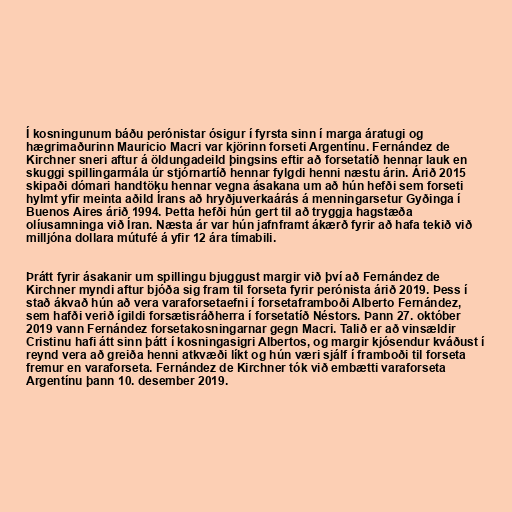
Í kosningunum báðu perónistar ósigur í fyrsta sinn í marga áratugi og
hægrimaðurinn Mauricio Macri var kjörinn forseti Argentínu. Fernández de
Kirchner sneri aftur á öldungadeild þingsins eftir að forsetatíð hennar lauk en
skuggi spillingarmála úr stjórnartíð hennar fylgdi henni næstu árin. Árið 2015
skipaði dómari handtöku hennar vegna ásakana um að hún hefði sem forseti
hylmt yfir meinta aðild Írans að hryðjuverkaárás á menningarsetur Gyðinga í
Buenos Aires árið 1994. Þetta hefði hún gert til að tryggja hagstæða
olíusamninga við Íran. Næsta ár var hún jafnframt ákærð fyrir að hafa tekið við
millj­ón­a doll­ara mútufé á yfir 12 ára tíma­bili.

Þrátt fyrir ásakanir um spillingu bjuggust margir við því að Fernández de
Kirchner myndi aftur bjóða sig fram til forseta fyrir perónista árið 2019. Þess í
stað ákvað hún að vera varaforsetaefni í forsetaframboði Alberto Fernández,
sem hafði verið ígildi forsætisráðherra í forsetatíð Néstors. Þann 27. október
2019 vann Fernández forsetakosningarnar gegn Macri. Talið er að vinsældir
Cristinu hafi átt sinn þátt í kosningasigri Albertos, og margir kjósendur kváðust í
reynd vera að greiða henni atkvæði líkt og hún væri sjálf í framboði til forseta
fremur en varaforseta. Fernández de Kirchner tók við embætti varaforseta
Argentínu þann 10. desember 2019.